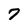
Character: 7